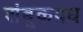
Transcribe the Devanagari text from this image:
शंबूकवध